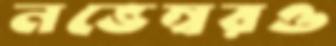
নভেম্বরও